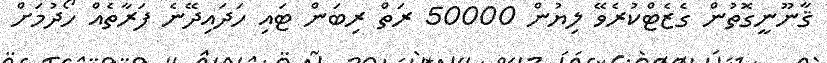
ޤާނޫނީގޮތުން ގެޒެޓްކުރެވޭ ލިޔުން 50000 ރަތް ރިބަން ޓައި ހަދައިދޭނެ ފަރާތެއް ހޯދުމަށް